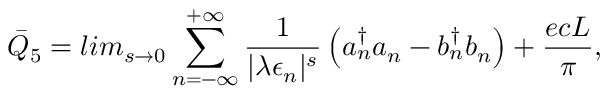
{ \bar { Q } } _ { 5 } = l i m _ { s \rightarrow 0 } \sum _ { n = - \infty } ^ { + \infty } \frac { 1 } { | \lambda \epsilon _ { n } | ^ { s } } \left( { a } _ { n } ^ { \dagger } { a } _ { n } - { b } _ { n } ^ { \dagger } { b } _ { n } \right) + \frac { e c L } { \pi } ,